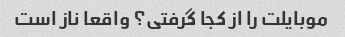
موبایلت را از کجا گرفتی؟ واقعا ناز است